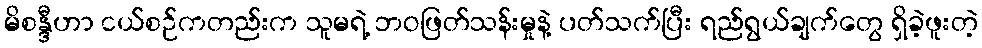
မိစန္ဒီဟာ ငယ်စဉ်ကတည်းက သူမရဲ့ ဘဝဖြတ်သန်းမှုနဲ့ ပတ်သက်ပြီး ရည်ရွယ်ချက်တွေ ရှိခဲ့ဖူးတဲ့